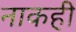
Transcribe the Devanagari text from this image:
नाकही